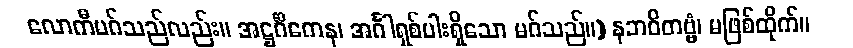
လောကီမဂ်သည်လည်း။ အဋ္ဌင်္ဂိကေန၊ အင်္ဂါရှစ်ပါးရှိသော မဂ်သည်။) နဘဝိတဗ္ဗံ၊ မဖြစ်ထိုက်။